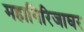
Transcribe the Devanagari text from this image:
महागिरिजाघर